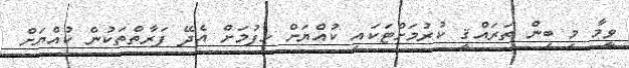
ވީމާ މި ބިން ތަރައްޤީ ކުރުމަށްޓަކައި ކުއްޔަށް ހިފުމަށް އެދޭ ފަރާތްތަކުން ކުއްޔަށް